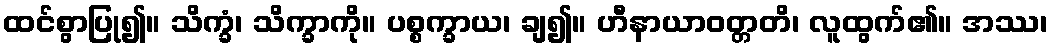
ထင်စွာပြု၍။ သိက္ခံ၊ သိက္ခာကို။ ပစ္စက္ခာယ၊ ချ၍။ ဟီနာယာဝတ္တတိ၊ လူထွက်၏။ အဿ၊